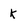
Character: k